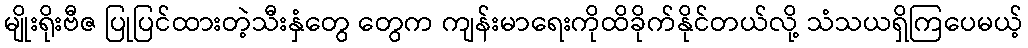
မျိုးရိုးဗီဇ ပြုပြင်ထားတဲ့သီးနှံတွေ တွေက ကျန်းမာရေးကိုထိခိုက်နိုင်တယ်လို့ သံသယရှိကြပေမယ့်